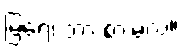
မြရေ၊ ဘာ စားမလဲ။